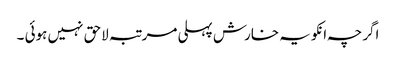
اگرچہ انکو یہ خارش پہلی مرتبہ لاحق نہیں ہوئی ۔